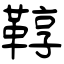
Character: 鞟